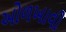
ઓળખાવી